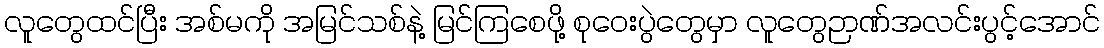
လူတွေထင်ပြီး အစ်မကို အမြင်သစ်နဲ့ မြင်ကြစေဖို့ စုဝေးပွဲတွေမှာ လူတွေဉာဏ်အလင်းပွင့်အောင်